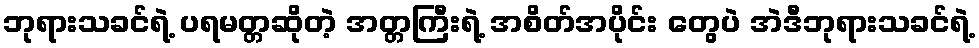
ဘုရားသခင်ရဲ့ ပရမတ္တဆိုတဲ့ အတ္တကြီးရဲ့ အစိတ်အပိုင်း တွေပဲ အဲဒီဘုရားသခင်ရဲ့